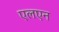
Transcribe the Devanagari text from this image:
एलएन